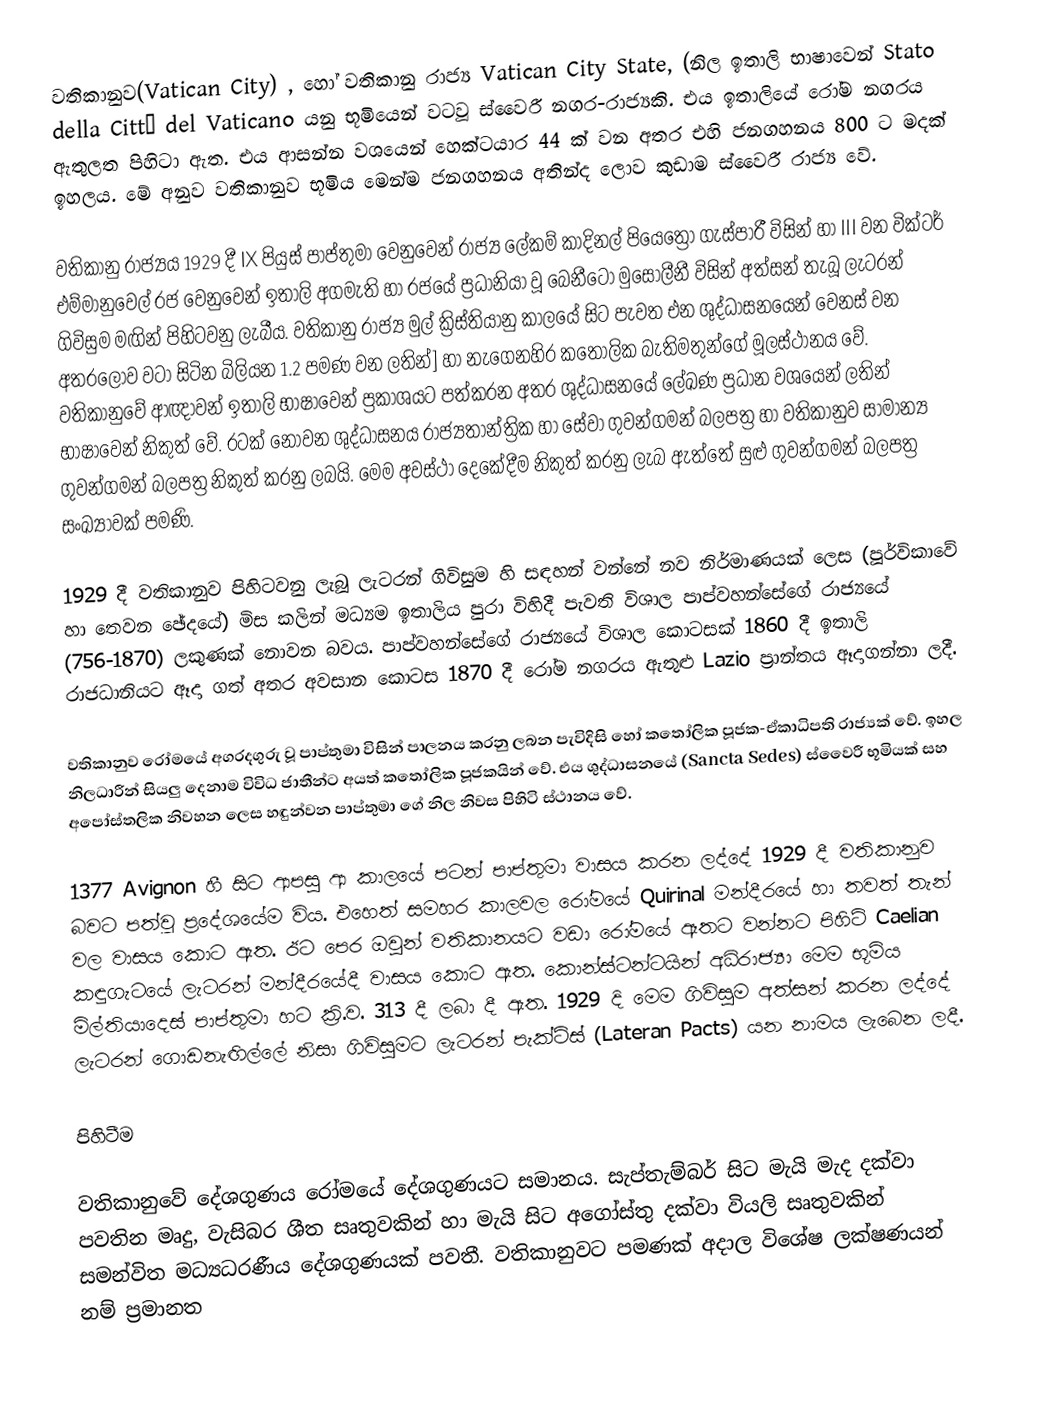
වතිකානුව(Vatican City) , හෝ වතිකානු රාජ්‍ය Vatican City State, (නිල ඉතාලි භාෂාවෙන් Stato della Città del Vaticano  යනු භූමියෙන් වටවූ ස්වෛරී නගර-රාජ්‍යකි. එය ඉතාලියේ රෝම නගරය ඇතුලත පිහිටා ඇත. එය ආසන්න වශයෙන් හෙක්ටයාර 44 ක් වන අතර එහි ජනගහනය 800 ට මදක් ඉහලය. මේ අනුව වතිකානුව භූමිය මෙන්ම ජනගහනය අතින්ද ලොව කුඩාම ස්වෛරී රාජ්‍ය වේ.

වතිකානු රාජ්‍යය 1929 දී  IX පියුස් පාප්තුමා වෙනුවෙන් රාජ්‍ය ලේකම් කාදිනල් පියෙත්‍රෝ ගැස්පාරී විසින් හා III වන වික්ටර් එම්මානුවෙල් රජ වෙනුවෙන් ඉතාලි අගමැති හා රජයේ ප්‍රධානියා වූ බෙනීටෝ මුසොලීනී විසින් අත්සන් තැබූ ලැටරන් ගිවිසුම මඟින් පිහිටවනු ලැබීය. වතිකානු රාජ්‍ය මුල් ක්‍රිස්තියානු කාලයේ සිට පැවත එන ශුද්ධාසනයෙන් වෙනස් වන අතරලොව වටා සිටින බිලියන 1.2 පමණ වන ලතින්] හා නැගෙනහිර කතෝලික බැතිමතුන්ගේ මූලස්ථානය වේ. වතිකානුවේ ආඥාවන් ඉතාලි භාෂාවෙන් ප්‍රකාශයට පත්කරන අතර ශුද්ධාසනයේ ලේඛණ ප්‍රධාන වශයෙන් ලතින් භාෂාවෙන් නිකුත් වේ. රටක් නොවන ශුද්ධාසනය රාජ්‍යතාන්ත්‍රික හා සේවා ගුවන්ගමන් බලපත්‍ර හා වතිකානුව සාමාන්‍ය ගුවන්ගමන් බලපත්‍ර නිකුත් කරනු ලබයි. මෙම අවස්ථා දෙකේදීම නිකුත් කරනු ලැබ ඇත්තේ සුළු ගුවන්ගමන් බලපත්‍ර සංඛ්‍යාවක් පමණි.

1929 දී වතිකානුව පිහිටවනු ලැබූ ලැටරන් ගිවිසුම හි සඳහන් වන්නේ නව නිර්මාණයක් ලෙස (පූර්විකාවේ හා තෙවන ඡේදයේ) මිස කලින් මධ්‍යම ඉතාලිය පුරා විහිදී පැවති විශාල පාප්වහන්සේගේ රාජ්‍යයේ (756-1870) ලකුණක් නොවන බවය. පාප්වහන්සේගේ රාජ්‍යයේ විශාල කොටසක් 1860 දී ඉතාලි රාජධානියට ඈදා ගත් අතර අවසාන කොටස 1870 දී රෝම නගරය ඇතුළු Lazio ප්‍රාන්තය ඈදාගන්නා ලදී.

වතිකානුව රෝමයේ අගරදගුරු වූ පාප්තුමා විසින් පාලනය කරනු ලබන පැවිදිසි හෝ කතෝලික පූජක-ඒකාධිපති රාජ්‍යක් වේ. ඉහල නිලධාරීන් සියලු දෙනාම විවිධ ජාතීන්ට අයත් කතෝලික පූජකයින් වේ. එය ශුද්ධාසනයේ (Sancta Sedes) ස්වෛරී භූමියක් සහ අපෝස්තලික නිවහන ලෙස හඳුන්වන පාප්තුමා ගේ නිල නිවස පිහිටි ස්ථානය වේ.

1377 Avignon හී  සිට ආපසු ආ කාලයේ පටන් පාප්තුමා වාසය කරන ලද්දේ 1929 දී වතිකානුව බවට පත්වූ ප්‍රදේශයේම විය. එහෙත් සමහර කාලවල රෝමයේ  Quirinal මන්දීරයේ හා තවත් තැන් වල වාසය කොට ඇත. ඊට පෙර ඔවුන් වතිකානයට වඩා රෝමයේ ඈතට වන්නට පිහිටි Caelian කඳුගැටයේ ලැටරන් මන්දීරයේදී වාසය කොට ඇත. කොන්ස්ටන්ටයින් අධිරාජ්‍යා මෙම භූමිය මිල්තියාදෙස් පාප්තුමා හට ක්‍රි.ව. 313 දී ලබා දී ඇත. 1929 දි මෙම ගිවිසුම අත්සන් කරන ලද්දේ ලැටරන් ගොඩනැඟිල්ලේ නිසා ගිවිසුමට ලැටරන් පැක්ට්ස් (Lateran Pacts) යන නාමය ලැබෙන ලදී.

 පිහිටීම

වතිකානුවේ දේශගුණය රෝමයේ දේශගුණයට සමානය. සැප්තැම්බර් සිට මැයි මැද දක්වා පවතින මෘදු, වැසිබර ශීත සෘතුවකින් හා මැයි සිට අගෝස්තු දක්වා වියලි සෘතුවකින් සමන්විත මධ්‍යධරණීය දේශගුණයක් පවතී. වතිකානුවට පමණක් අදාල විශේෂ ලක්ෂණයන් නම් ප්‍රමානත